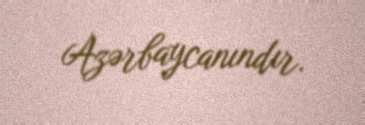
Azərbaycanındır.